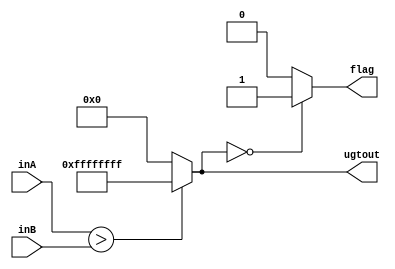
module UGT(inA, inB, ugtout, flag);
    input [31:0] inA;
    input [31:0] inB;
    output reg [31:0] ugtout;
    output reg flag;
    
    always@(*) begin
        ugtout = (inA>inB)?32'b11111111111111111111111111111111:32'b0;
        if(ugtout==0)
            flag = 1;
        else
            flag = 0;
    end
endmodule